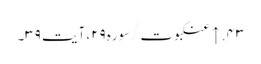
۴۳. ↑ عنکبوت/سوره۲۹، آیت ۳۹۔